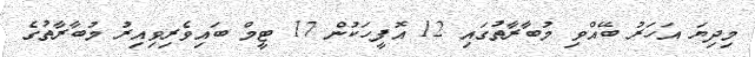
މިދިޔަ އަހަރު ބޭއްވި މުބާރާތުގައި 12 އޮފީހަކުން 17 ޓީމް ބައިވެރިވިއިރު މުބާރާތުގެ